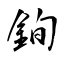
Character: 銁